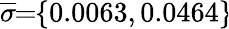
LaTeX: \overline{{\sigma}}\! \! =\! \! \{ 0.0063,0.0464\} \!